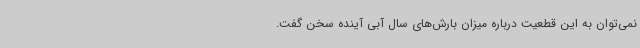
نمی‌توان به این قطعیت درباره میزان بارش‌های سال آبی آینده سخن گفت.